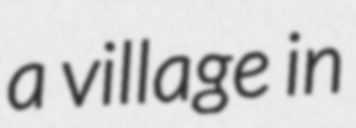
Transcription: a village in